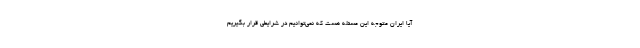
آیا ایران متوجه این مسئله هست که نمی‌توانیم در شرایطی قرار بگیریم